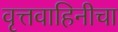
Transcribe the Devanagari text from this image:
वृत्तवाहिनीचा